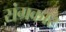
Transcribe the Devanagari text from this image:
संग्रकार